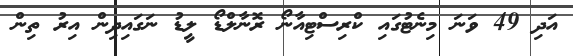
އަދި 49 ވަނަ މިނެޓުގައި ކްރިސްޓިއާނޯ ރޮނާލްޑޯ ލީޑު ނަގައިދިން އިރު ތިން